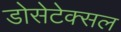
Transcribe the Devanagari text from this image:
डोसेटेक्सल